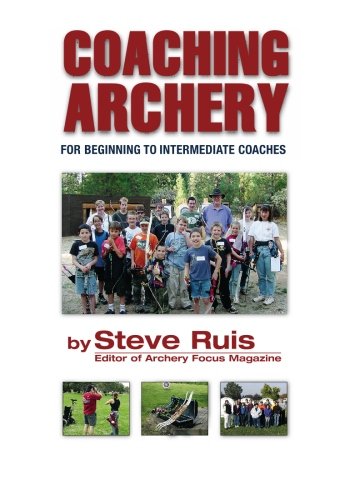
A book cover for Coaching Archery; Steve Ruis; Sports & Outdoors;